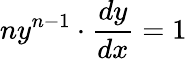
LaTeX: ny^{n-1}\cdot{\frac{dy}{dx}}=1